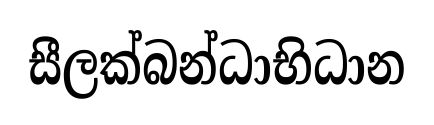
සීලක්බන්ධාභිධාන